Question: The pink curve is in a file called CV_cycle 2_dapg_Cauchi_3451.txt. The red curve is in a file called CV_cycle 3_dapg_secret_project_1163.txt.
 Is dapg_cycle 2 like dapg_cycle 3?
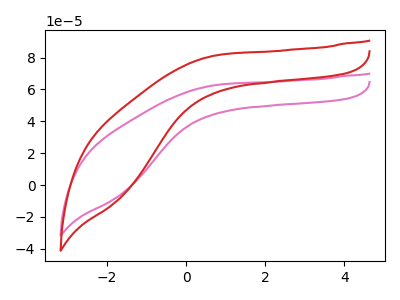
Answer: <think>The pink curve "dapg_cycle 2" has no peaks. The red curve "dapg_cycle 3" has no peaks.
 Neither "dapg_cycle 2" or "dapg_cycle 3" have any peaks.</think>
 <answer>"dapg_cycle 2" and "dapg_cycle 3" are similar in shape.</answer>
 <eval>same_shape</eval>